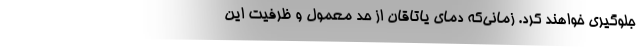
جلوگیری خواهند کرد. زمانی‌که دمای یاتاقان از حد معمول و ظرفیت این